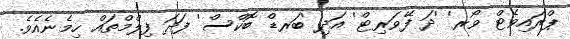
ޕްރައިވެޓް ވޯރ' 'ދަ ފޭވަރިޓް' އަދި 'ބަރޑް ބޮކްސް' ފަދަ ފިލްމްތައް ހިމެނެއެވެ.